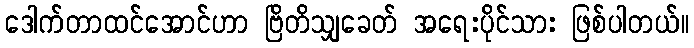
ဒေါက်တာထင်အောင်ဟာ ဗြိတိသျှခေတ် အရေးပိုင်သား ဖြစ်ပါတယ်။